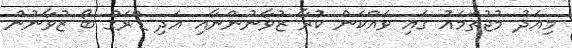
މިއަދު މުޖުތަމައު ގައި ވައްކަން ކުރާ ޒުވާނުންނާއި އަދި ޑްރަގް ބޯ ޒުވާނުން